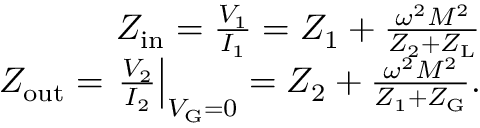
\begin{array} { r } { Z _ { \mathrm { i n } } = \frac { V _ { 1 } } { I _ { 1 } } = Z _ { 1 } + \frac { \omega ^ { 2 } M ^ { 2 } } { Z _ { 2 } + Z _ { \mathrm { L } } } } \\ { Z _ { \mathrm { o u t } } = \left. \frac { V _ { 2 } } { I _ { 2 } } \right| _ { V _ { \mathrm { G } } = 0 } = Z _ { 2 } + \frac { \omega ^ { 2 } M ^ { 2 } } { Z _ { 1 } + Z _ { \mathrm { G } } } . } \end{array}